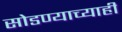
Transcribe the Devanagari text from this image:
सोडण्याच्याही